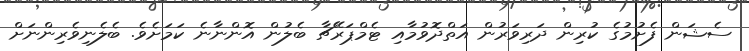
ސެޝަން ފެށުމުގެ ކުރިން ދަރިވަރުން އަތްދޮވުމާއި ޓެމްޕަރޭޗާ ބެލުން އޮންނާނެ ކަމަށެވެ. ބެލެނިވެރިންނަށް